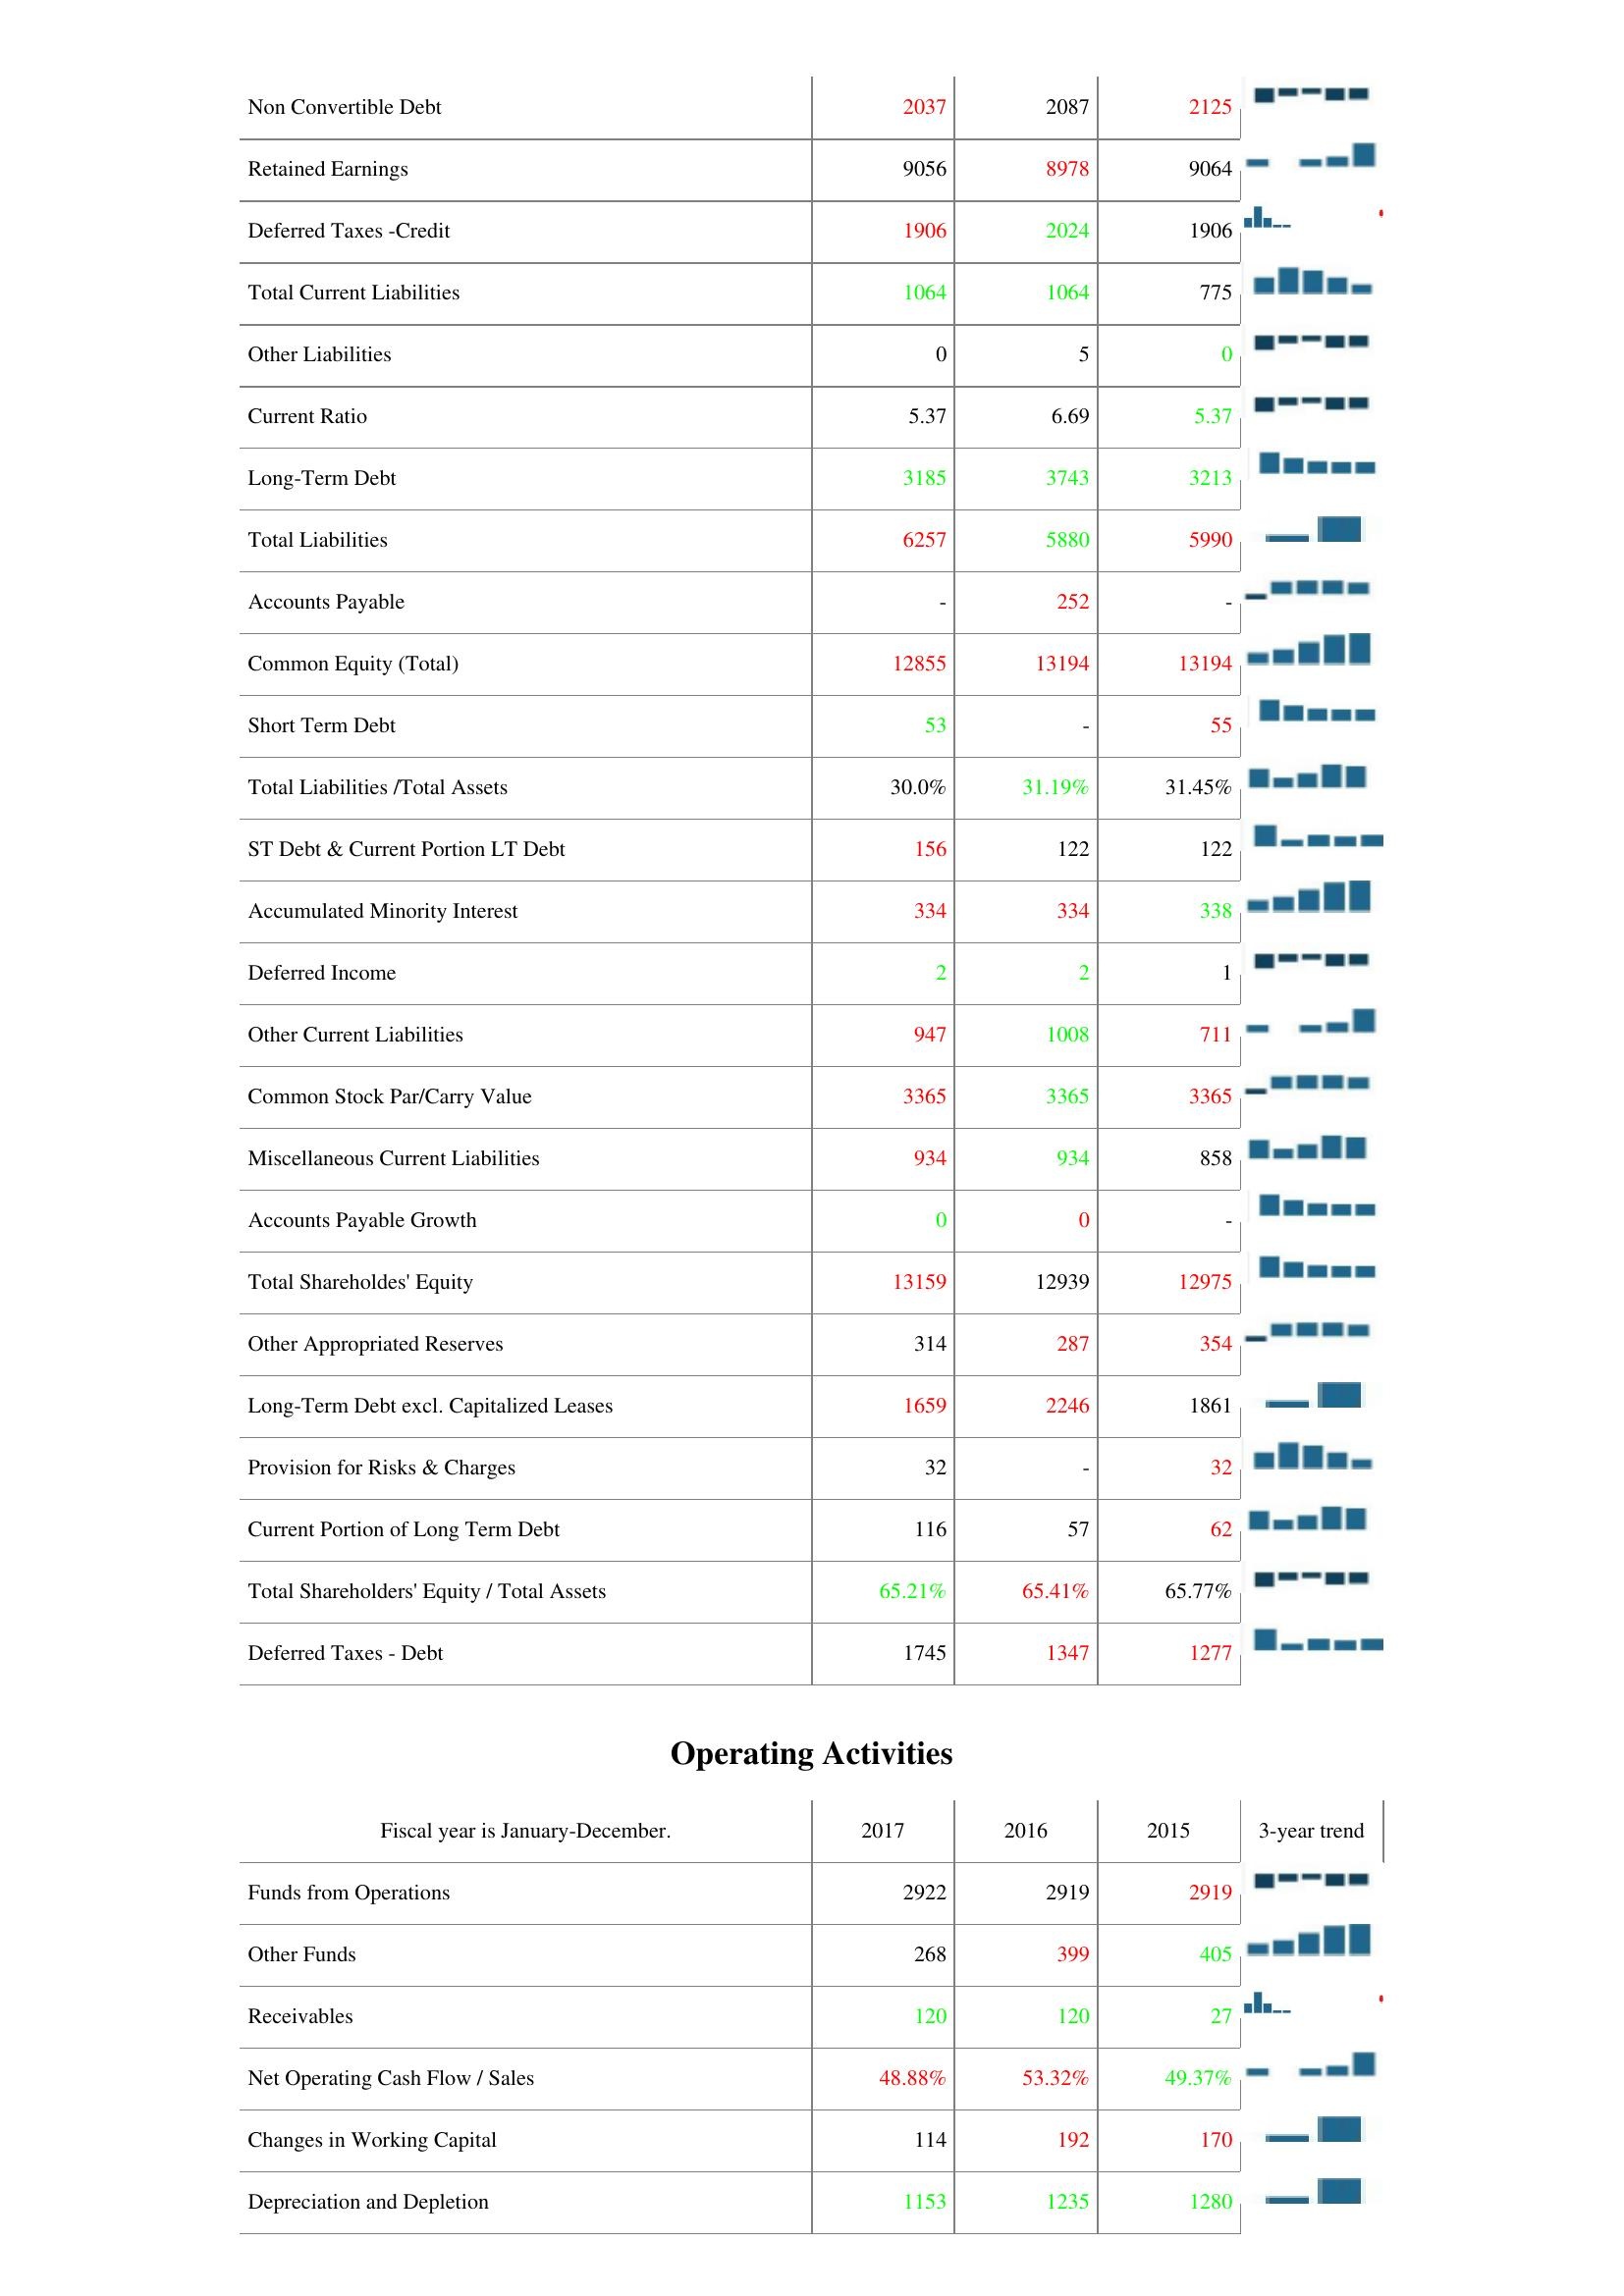
2017: Liabilities & Shareholder's Equity: Non Convertible Debt: 2037
Retained Earnings: 9056
Deferred Taxes -Credit: 1906
Total Current Liabilities: 1064
Other Liabilities: 0
Current Ratio: 5.37
Long-Term Debt: 3185
Total Liabilities: 6257
Accounts Payable: -
Common Equity (Total): 12855
Short Term Debt: 53
Total Liabilities /Total Assets: 30.0%
ST Debt & Current Portion LT Debt: 156
Accumulated Minority Interest: 334
Deferred Income: 2
Other Current Liabilities: 947
Common Stock Par/Carry Value: 3365
Miscellaneous Current Liabilities: 934
Accounts Payable Growth: 0
Total Shareholdes' Equity: 13159
Other Appropriated Reserves: 314
Long-Term Debt excl. Capitalized Leases: 1659
Provision for Risks & Charges: 32
Current Portion of Long Term Debt: 116
Total Shareholders' Equity / Total Assets: 65.21%
Deferred Taxes - Debt: 1745
Operating Activities: Funds from Operations: 2922
Other Funds: 268
Receivables: 120
Net Operating Cash Flow / Sales: 48.88%
Changes in Working Capital: 114
Depreciation and Depletion: 1153
2016: Liabilities & Shareholder's Equity: Non Convertible Debt: 2087
Retained Earnings: 8978
Deferred Taxes -Credit: 2024
Total Current Liabilities: 1064
Other Liabilities: 5
Current Ratio: 6.69
Long-Term Debt: 3743
Total Liabilities: 5880
Accounts Payable: 252
Common Equity (Total): 13194
Short Term Debt: -
Total Liabilities /Total Assets: 31.19%
ST Debt & Current Portion LT Debt: 122
Accumulated Minority Interest: 334
Deferred Income: 2
Other Current Liabilities: 1008
Common Stock Par/Carry Value: 3365
Miscellaneous Current Liabilities: 934
Accounts Payable Growth: 0
Total Shareholdes' Equity: 12939
Other Appropriated Reserves: 287
Long-Term Debt excl. Capitalized Leases: 2246
Provision for Risks & Charges: -
Current Portion of Long Term Debt: 57
Total Shareholders' Equity / Total Assets: 65.41%
Deferred Taxes - Debt: 1347
Operating Activities: Funds from Operations: 2919
Other Funds: 399
Receivables: 120
Net Operating Cash Flow / Sales: 53.32%
Changes in Working Capital: 192
Depreciation and Depletion: 1235
2015: Liabilities & Shareholder's Equity: Non Convertible Debt: 2125
Retained Earnings: 9064
Deferred Taxes -Credit: 1906
Total Current Liabilities: 775
Other Liabilities: 0
Current Ratio: 5.37
Long-Term Debt: 3213
Total Liabilities: 5990
Accounts Payable: -
Common Equity (Total): 13194
Short Term Debt: 55
Total Liabilities /Total Assets: 31.45%
ST Debt & Current Portion LT Debt: 122
Accumulated Minority Interest: 338
Deferred Income: 1
Other Current Liabilities: 711
Common Stock Par/Carry Value: 3365
Miscellaneous Current Liabilities: 858
Accounts Payable Growth: -
Total Shareholdes' Equity: 12975
Other Appropriated Reserves: 354
Long-Term Debt excl. Capitalized Leases: 1861
Provision for Risks & Charges: 32
Current Portion of Long Term Debt: 62
Total Shareholders' Equity / Total Assets: 65.77%
Deferred Taxes - Debt: 1277
Operating Activities: Funds from Operations: 2919
Other Funds: 405
Receivables: 27
Net Operating Cash Flow / Sales: 49.37%
Changes in Working Capital: 170
Depreciation and Depletion: 1280